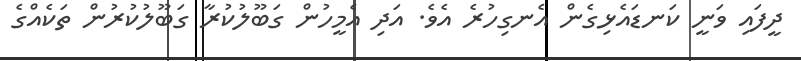
ދީފައި ވަނީ ކަނޑައެޅިގެން އެނގިހުރެ އެވެ. އަދި އެމީހުން ގަބޫލުކުރާ ގަބޫލުކުރުން ތަކެއްގެ